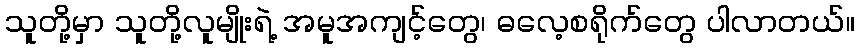
သူတို့မှာ သူတို့လူမျိုးရဲ့ အမူအကျင့်တွေ၊ ဓလေ့စရိုက်တွေ ပါလာတယ်။